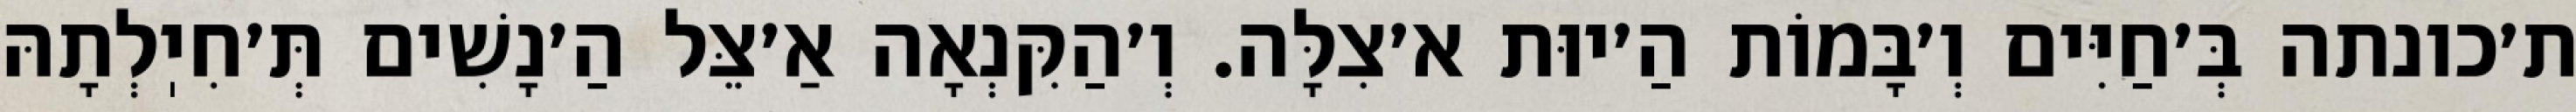
ת׳כונתה בְּ׳חַיִּים וְ׳בָּמוֹת הַ׳יוּת א׳צִלָּה. וְ׳הַקִּנְאָה אַ׳צֵּל הַ׳נָשִׁים תְּ׳חִיֽלְתָהּ